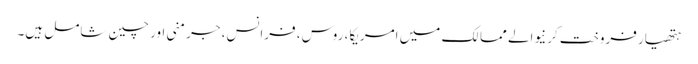
ہتھیار فروخت کرنیوالے ممالک میں امریکا، روس، فرانس، جرمنی اور چین شامل ہیں۔